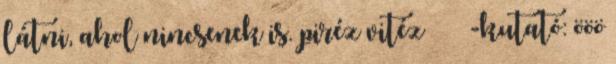
látni, ahol nincsenek is. piréz vitéz -kutató: ööö